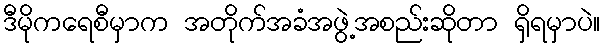
ဒီမိုကရေစီမှာက အတိုက်အခံအဖွဲ့အစည်းဆိုတာ ရှိရမှာပဲ။